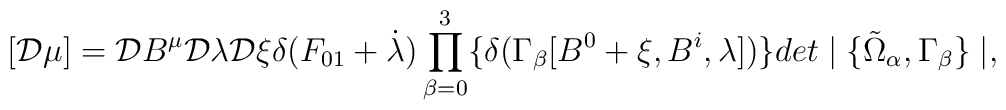
[{\cal D} \mu] = {\cal D} B^\mu                 {\cal D} \lambda                 {\cal D} \xi                 \delta(F_{01}+\dot{\lambda})                 \prod^3_{\beta = 0}               \{ \delta(\Gamma_{\beta}[B^0 + \xi, B^i, \lambda]) \}                det \mid \{\tilde{\Omega}_{\alpha}, \Gamma_{\beta}\} \mid,